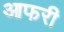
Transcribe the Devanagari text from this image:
आफरी